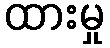
ထားမှု